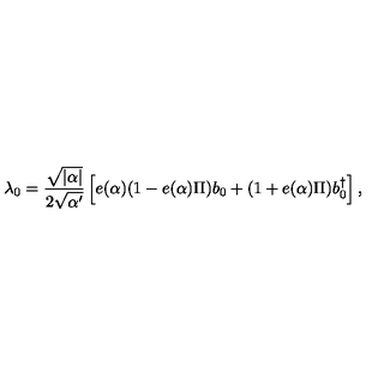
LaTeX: \lambda _ { 0 } = \frac { \sqrt { | \alpha | } } { 2 \sqrt { \alpha ^ { \prime } } } \left[ e ( \alpha ) ( 1 - e ( \alpha ) \Pi ) b _ { 0 } + ( 1 + e ( \alpha ) \Pi ) b _ { 0 } ^ { \dagger } \right] ,